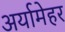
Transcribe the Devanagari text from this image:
अर्यामेहर